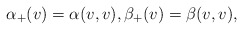
\begin{align*} \alpha_+(v)=\alpha(v,v),\beta_+(v)=\beta(v,v),\end{align*}